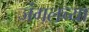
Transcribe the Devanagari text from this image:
जंगलच्या